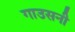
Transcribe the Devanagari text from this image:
गाउसनी